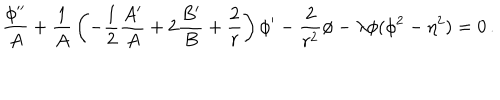
LaTeX: { \frac { \phi ^ { \prime \prime } } { A } } + { \frac { 1 } { A } } \left( - { \frac { 1 } { 2 } } { \frac { A ^ { \prime } } { A } } + 2 { \frac { B ^ { \prime } } { B } } + { \frac { 2 } { r } } \right) \phi ^ { \prime } - { \frac { 2 } { r ^ { 2 } } } \phi - \lambda \phi ( \phi ^ { 2 } - \eta ^ { 2 } ) = 0 \, .